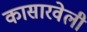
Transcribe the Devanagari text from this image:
कासारवेली